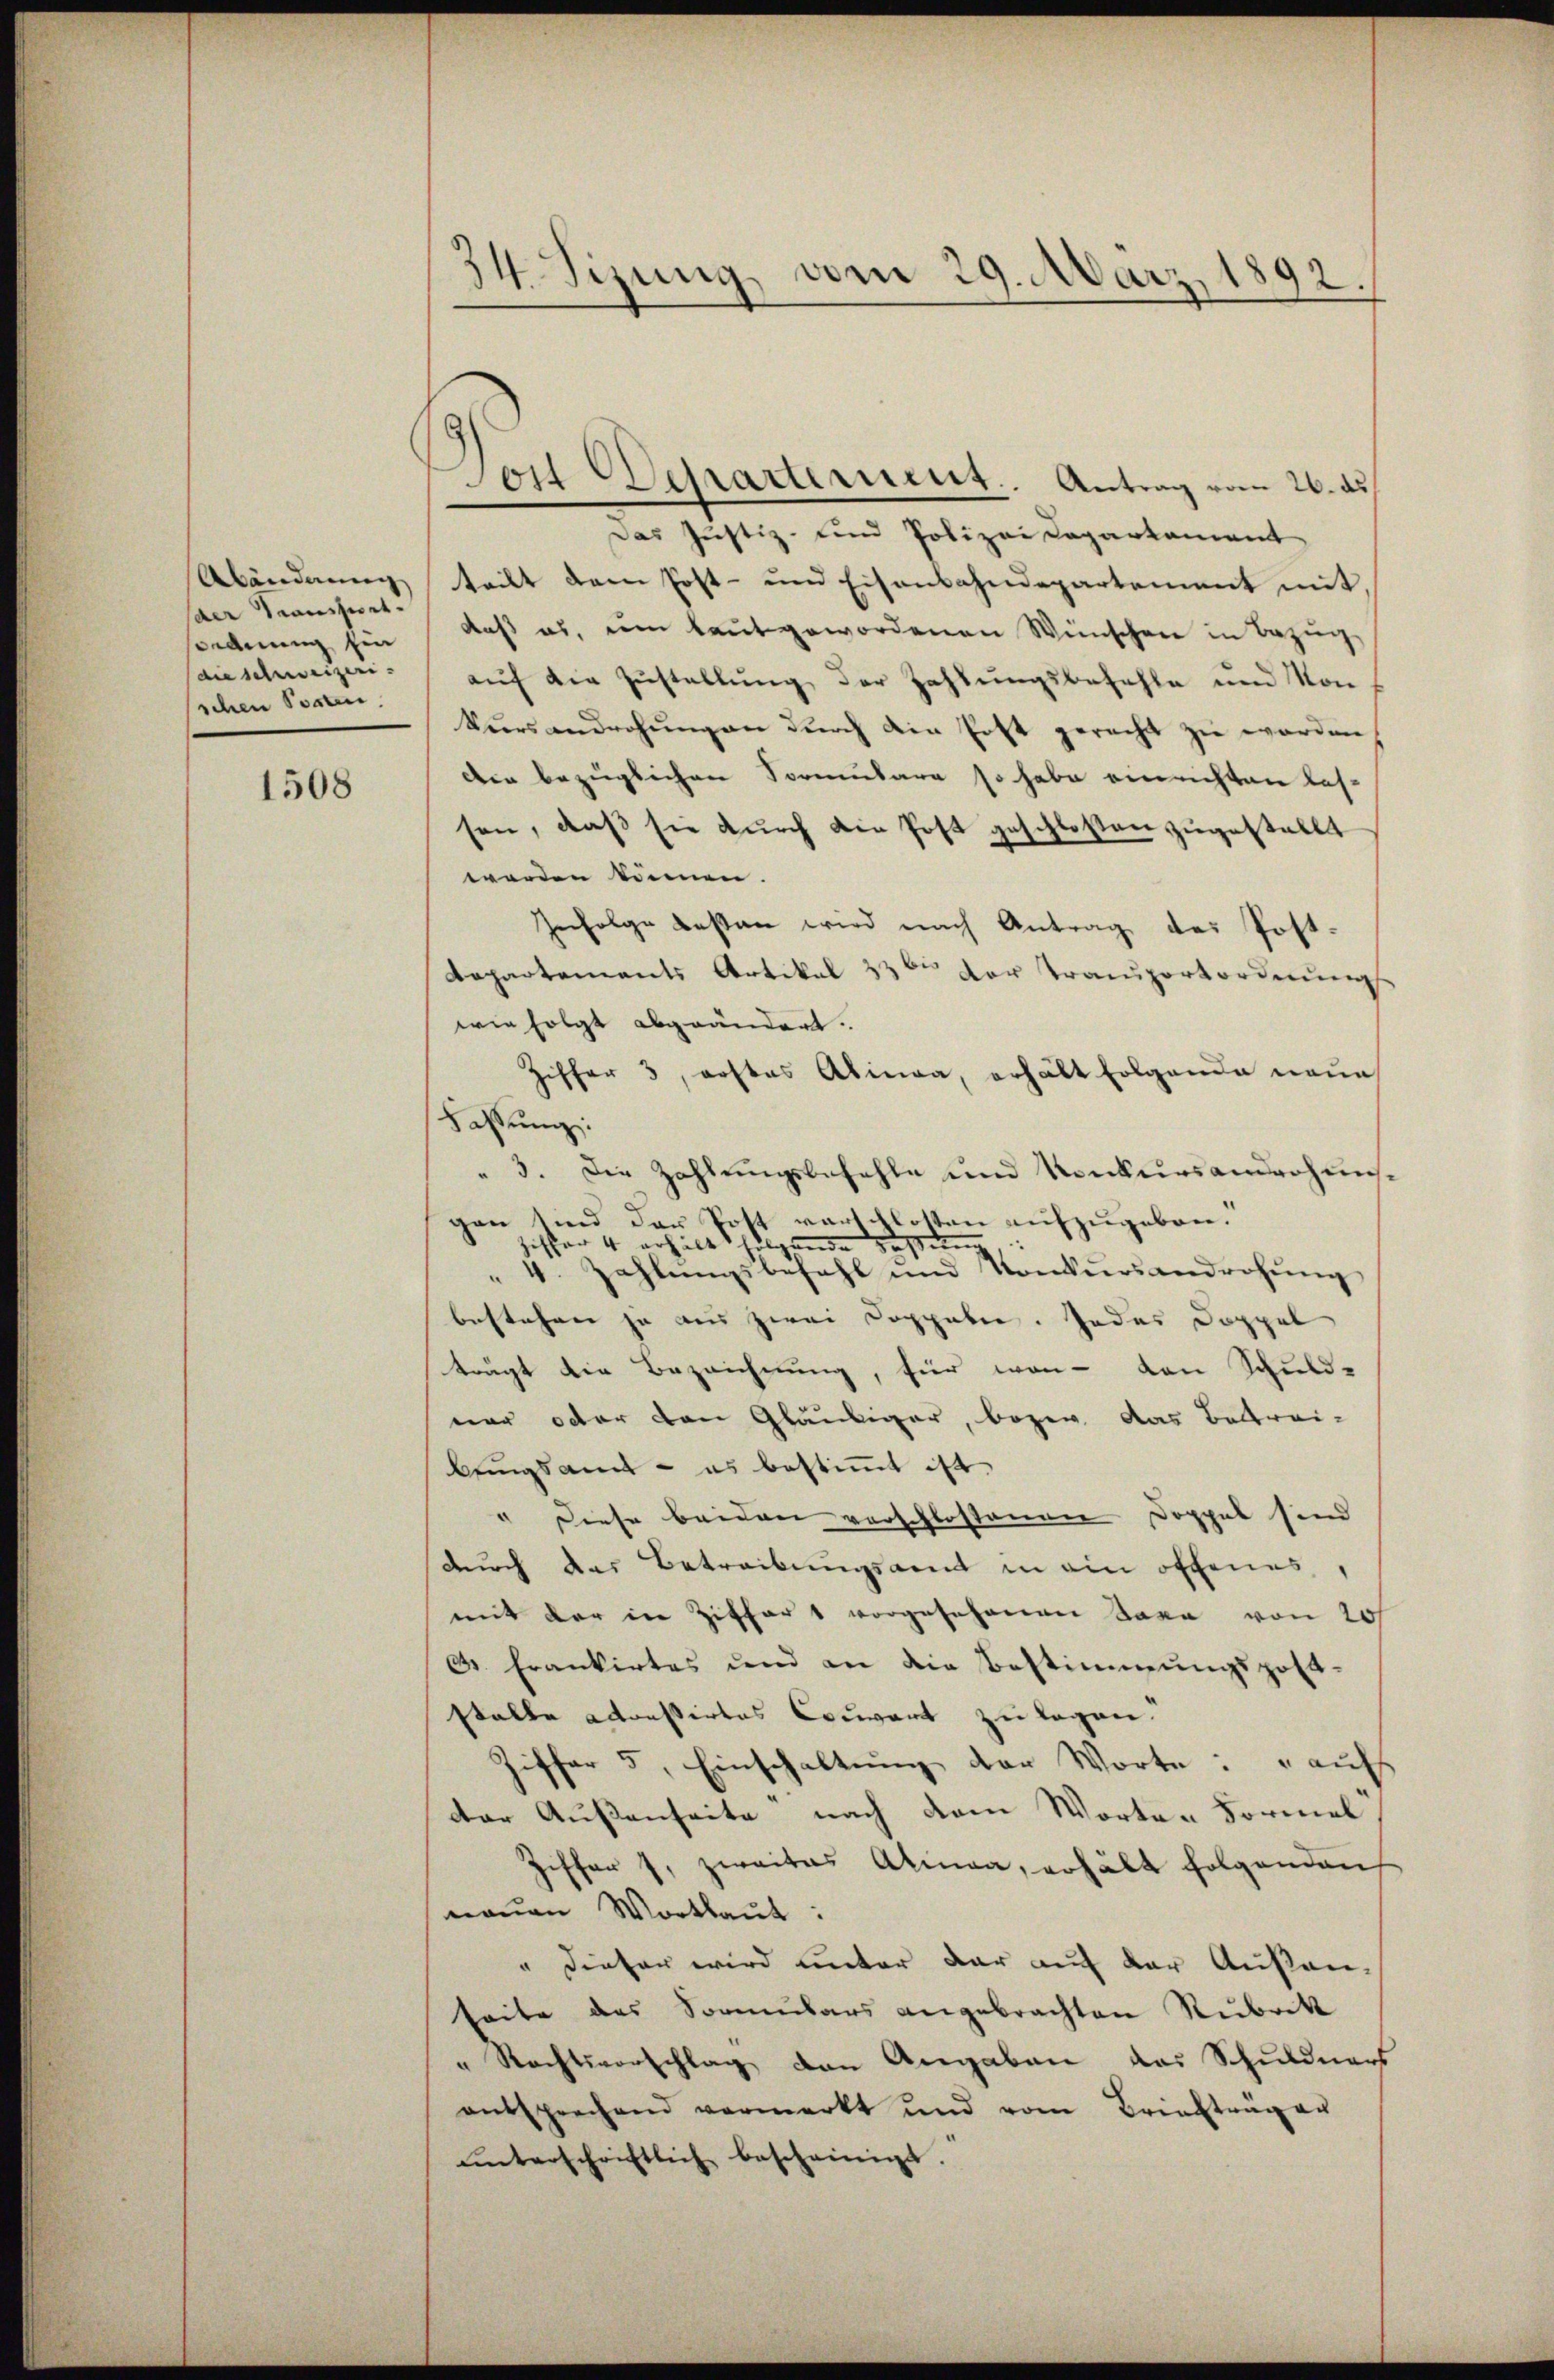
Abänderung
der Traussert.
sordnung ein
die schweizeri-
schen Posten.

1508

3)
1Sizung vom 29. März 1892.

Don Departerient. Antrag vom 26. ds
Das Justiz- und Polizei Daparkament
teilt dem Post- und Eisenbahndepartement mit
daß es, um laut gewordenen Wünschen in Bezug,
auf die Zustellung der Zahlungsbefehle und von
kŭrsandrohŭngen durch die Erst gerecht zu werden
Die bezüglichen Sormulare so habe einrichten las-
sen, daß sie durch die Post geschloßen zugestellt
werden können.
Infolge besten wird nach Antrag des Post¬
Departements Artikel 33ten der Transportordnung
wie folgt abgeändert.
Ziffer 3, erstes Abina, erhält folgende neue
Fassung:
" 3. Die Zahlungsbefehle und Konkurs anderhunsgen sind der Pott verschlossen aufzugeben.
Zister 4 erhält folgende Fassung
4. Zahlŭngsbefehl und Konkŭrsandrohŭng
bestehen ja aus zwei Doppeln. Jedes Doppel
trägt die Bezeichnung, für von - von Schuld-
ner oder den Gläubiger, begeg das Betrei-
bungsamt - es bestimmt ist.
" Diese beiden verschlossenen Doppel sind
durch das Betreibungsamt in ein offenes,
mit der in Ziffers vorgesehenen Taxa von 20/
C. Frankirtes und an die Bestimmungspost-
stalte accessirtes Couvert zu legen.
Ziffer 5 Einschaltung der Worte: „auf
der Außenseite nach dem Worten Formel
ziffer s. zweites Alinea, erhält folgenden
naŭen Wortlaut:
" dieser wird unter der auf der Außen-
seite das Sormulars angebrachten Rubrik
" Rechtsvorschlag den Angaben das Schuldners
entsprechend vermerkt und vom Briefträger
ŭnterschriftlich bescheinigt.